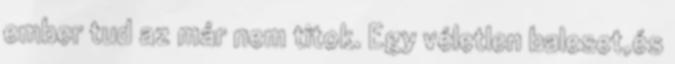
ember tud az már nem titok. Egy véletlen baleset,és